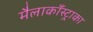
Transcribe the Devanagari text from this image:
मैलाकाँस्ट्राका